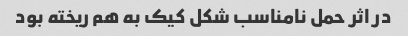
در اثر حمل نامناسب شکل کیک به هم ریخته بود